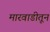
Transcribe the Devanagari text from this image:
मारवाडीतून